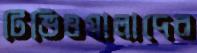
টিভিওয়ালাদের